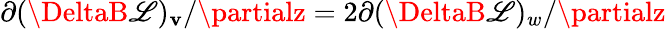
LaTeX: \partial(\DeltaB\mathscr{L})_{\mathbf{v}}/\partialz=2\partial(\DeltaB\mathscr{L})_{w}/\partialz